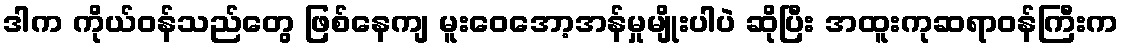
ဒါက ကိုယ်ဝန်သည်တွေ ဖြစ်နေကျ မူးဝေအော့အန်မှုမျိုးပါပဲ ဆိုပြီး အထူးကုဆရာဝန်ကြီးက